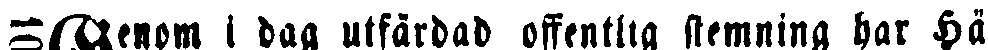
Genom i dag utfärdad offentlig stemning har Hä